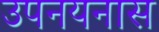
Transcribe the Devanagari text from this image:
उपनयनास